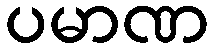
ပမာဏ